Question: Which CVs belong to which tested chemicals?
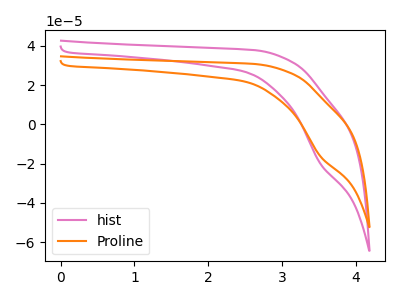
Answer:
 <answer>The pink curve is labeled "hist". The orange curve is labeled "Proline".</answer>
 <eval></eval>